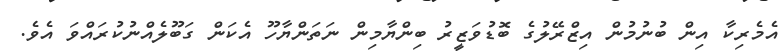
އެމެރިކާ އިން ބުނުމުން އިޒްރޭލުގެ ބޮޑުވަޒީރު ބިންޔާމިން ނަތަންޔާހޫ އެކަން ގަބޫލެއްނުކުރައްވަ އެވެ.